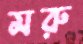
মরু